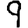
Digit: 9